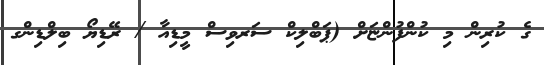
ގެ ކުރިން މި ކުންފުންޏަށް (ޕަބްލިކް ސަރވިސް މީޑިއާ / ރޭޑިޔޯ ބިލްޑިންގ